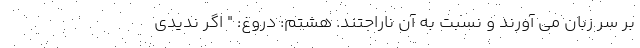
بر سر زبان می آورند و نسبت به آن ناراحتند. هشتم: دروغ: " اگر ندیدی